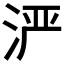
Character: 𬇬